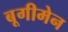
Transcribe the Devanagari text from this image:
बूगीमेन